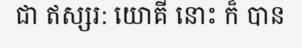
ជា ឥស្សរ: យោគី នោះ ក៏ បាន